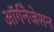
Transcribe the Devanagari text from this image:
ऑर्गनैजेशन